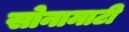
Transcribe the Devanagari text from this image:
सोनामाटी